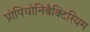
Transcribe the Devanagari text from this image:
प्रोपियोनिबैक्टिरियम